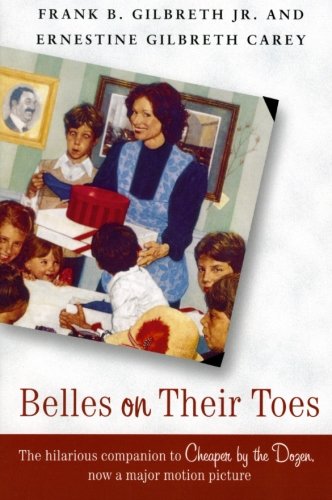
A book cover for Belles on Their Toes; Frank B. Gilbreth; Teen & Young Adult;